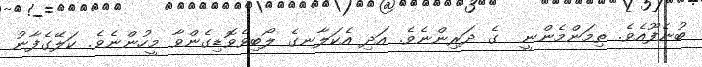
ބުނެފޫއެވެ. ތިމަންމެންނީ  ގެ ދަރިންނެވެ. އަދި އެކަލާނގެ ލޯބިވެވޮޑިގެންވާ މީހުންނެވެ. ކަލޭގެފާނު